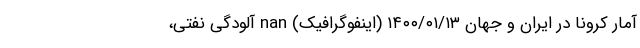
آمار کرونا در ایران و جهان ۱۴۰۰/۰۱/۱۳ (اینفوگرافیک) nan آلودگی نفتی،